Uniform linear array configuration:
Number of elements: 4
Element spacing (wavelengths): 0.75
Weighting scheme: blackman
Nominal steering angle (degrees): -30
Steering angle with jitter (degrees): -31.546
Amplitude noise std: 0.05
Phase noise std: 0.05

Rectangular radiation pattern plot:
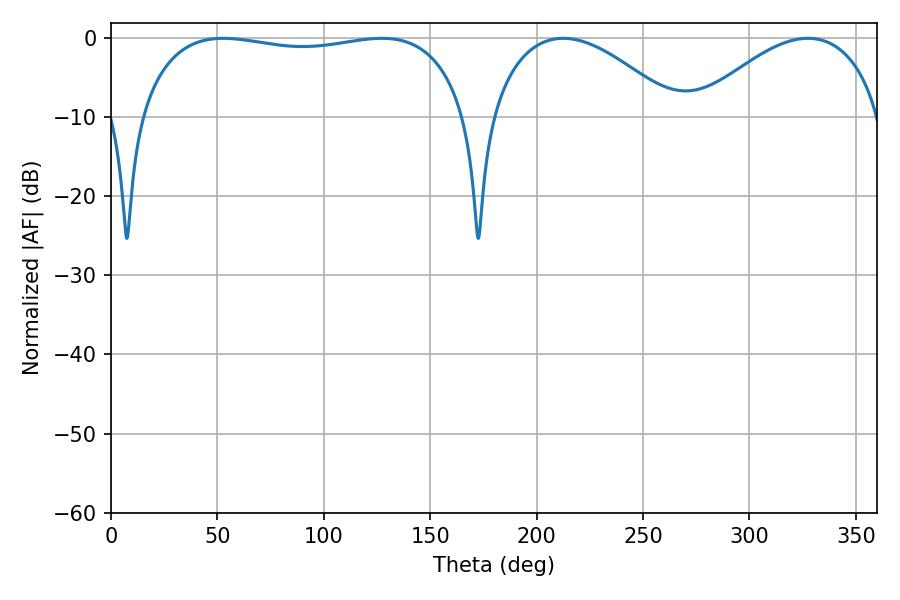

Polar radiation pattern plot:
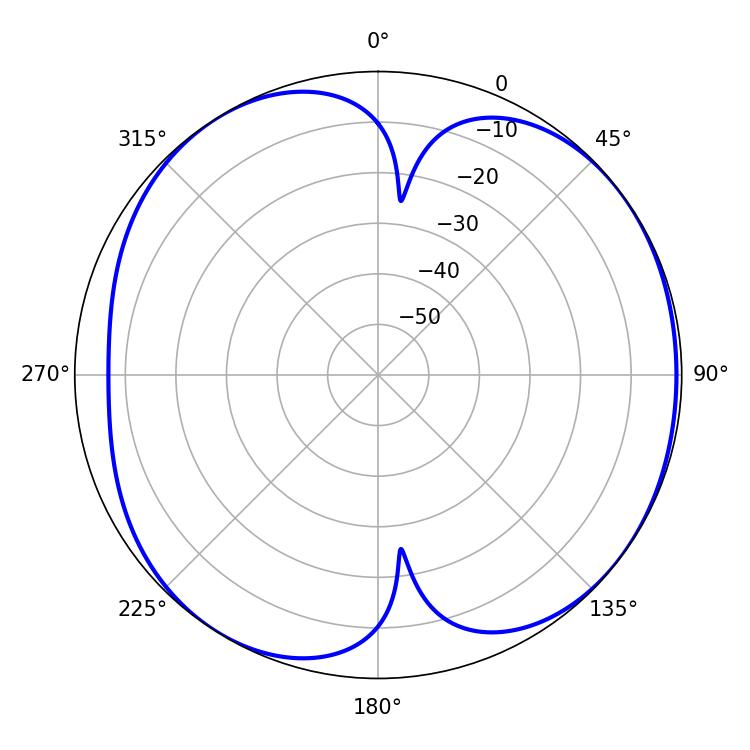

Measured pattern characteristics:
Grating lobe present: TRUE
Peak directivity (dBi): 5.977
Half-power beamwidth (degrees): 124.92
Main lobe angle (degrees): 52.74